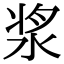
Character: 浆